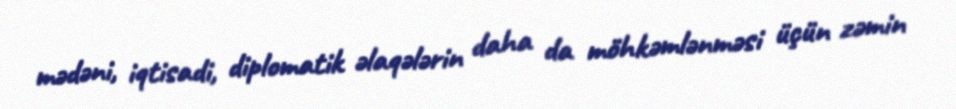
mədəni, iqtisadi, diplomatik əlaqələrin daha da möhkəmlənməsi üçün zəmin